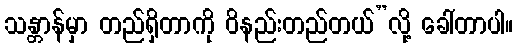
သန္တာန်မှာ တည်ရှိတာကို ဝိနည်းတည်တယ်”လို့ ခေါ်တာပါ။